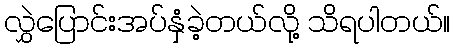
လွှဲပြောင်းအပ်နှံခဲ့တယ်လို့ သိရပါတယ်။